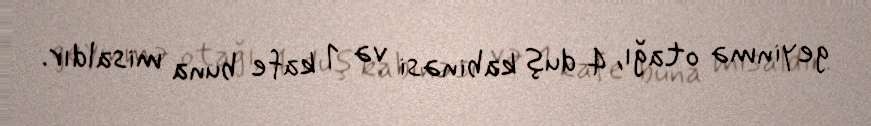
geyinmə otağı, 4 duş kabinəsi və 1 kafe buna misaldır.